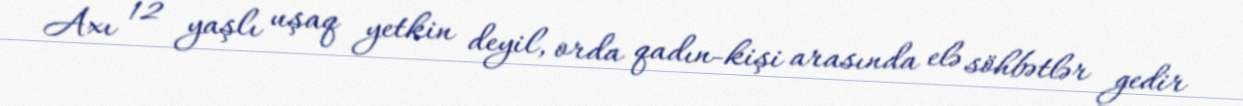
Axı 12 yaşlı uşaq yetkin deyil, orda qadın-kişi arasında elə söhbətlər gedir